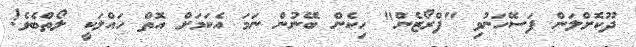
ދޫކޮށްލަން ފަސޭހަނުވި "ފްރޯޒެން" ހިކެން ބޭނުން ނަމަ އެކަމަށް އޮތް ހައްލަކީ ލޯތްބެވެ!